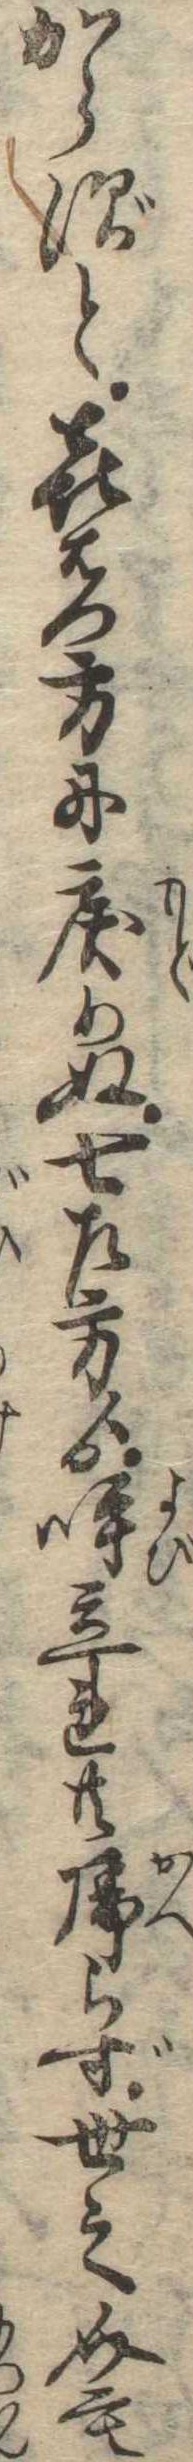
からずと喜右門方に戻りぬ七左方ゟ呼立れ共帰らず世之介も